Scottish Certificate of Education, 1962
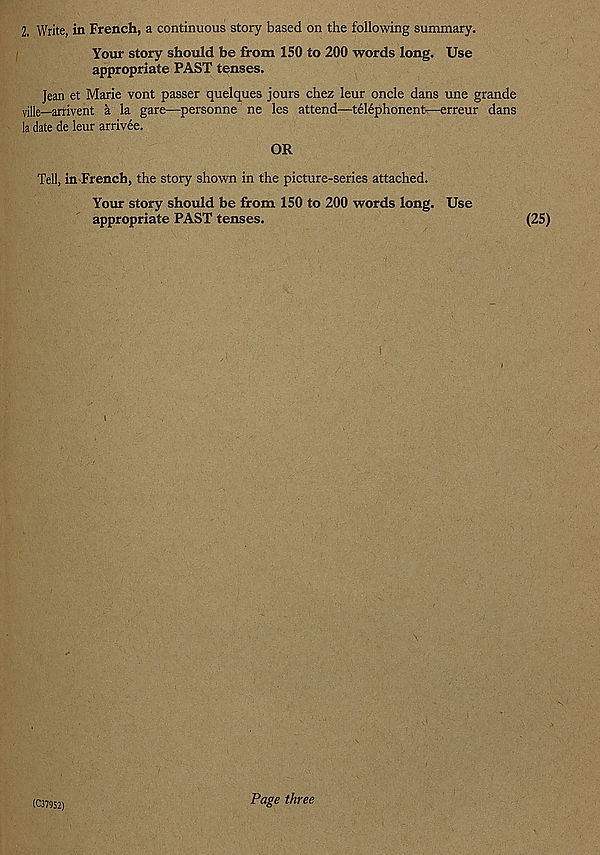
2. Write, in French, a continuous story based on the following summary.
Your story should be from 150 to 200 words long. Use
appropriate PAST tenses.
Jean et Marie vont passer quelques jours chez leur oncle dans une grande
ville—arrivent a la gare—personne ne les attend—telephonent—erreur dans
la date de leur arrivee.
OR
Tell, in French, the story shown in the picture-series attached.
Your story should be from 150 to 200 words long. Use
appropriate PAST tenses.
i
(C37952)
Page three
(25)